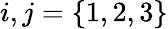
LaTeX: i,j=\{ 1,2,3\}